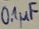
Text: 0,1µF